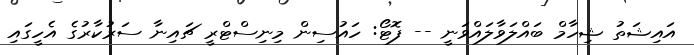
އައިޝަތު ޝިހާމް ބައްލަވާލައްވަނީ -- ފޮޓޯ: ހައުސިން މިނިސްޓްރީ ޗައިނާ ސަރުކާރުގެ އެހީގައި